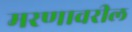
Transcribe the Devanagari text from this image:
मरणावरील